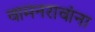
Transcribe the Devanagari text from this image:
वामनरावांना